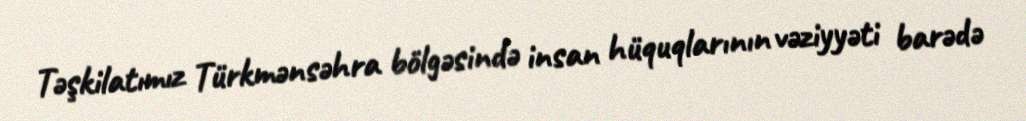
Təşkilatımız Türkmənsəhra bölgəsində insan hüquqlarının vəziyyəti barədə